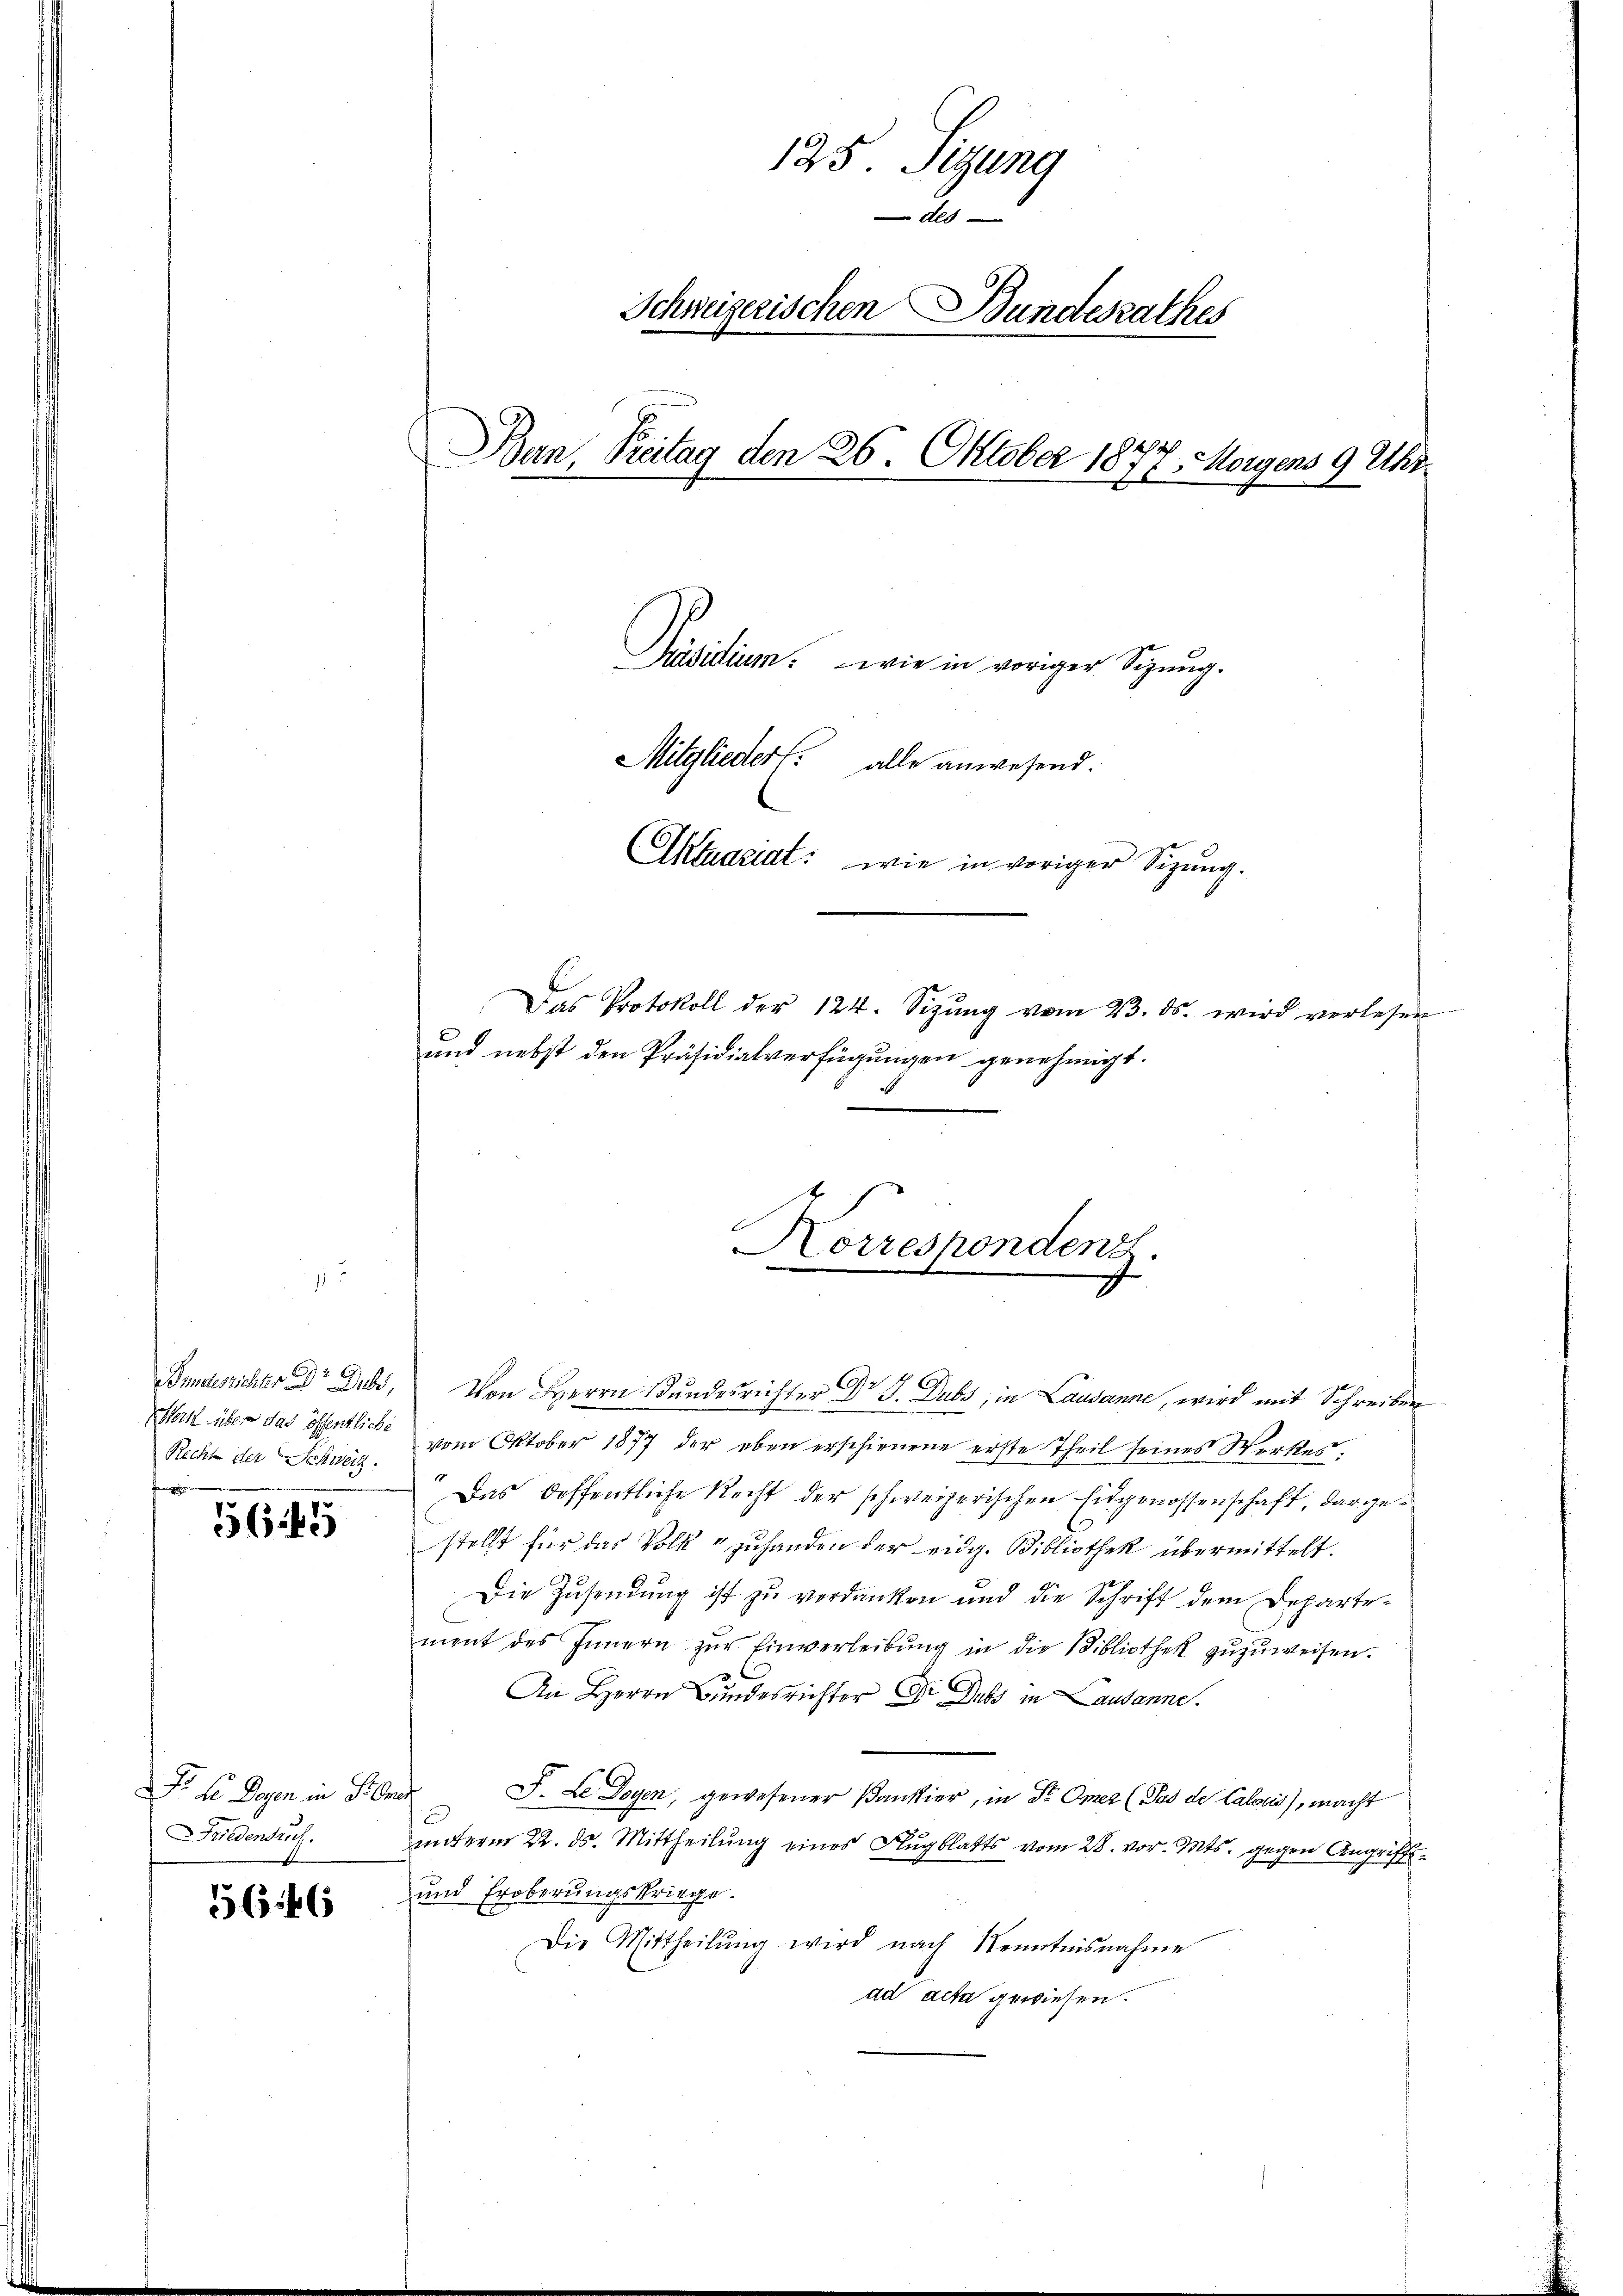
Recht der Schweiz.

5645

Friedensruf.

5646

125 Sizung
Als
Schweizerischen Bundesrathes
Ban, Preitag den 26. Oktober 1877. Morgens 9 Uhr

Präsidium. wie in voriger Sinng.
Mitglieder alle anwesend.
Aktuariat: wie in voriger Sizung.

Das Protokoll der 124. Sizŭng vom 23. ds. wird verlesen
und nebst den Präsidialverfügungen genehmigt.

Korrespondenz.

Bundesrichter Dr Gub. Von Herrn Bundesrichter Dr J. Dubs, in Lausanne, wird mit Schreiben
Hertl über das öffentliche vom Oktober 1877 der eben erschienene erste Theil seines Werkes.
Das deffentliche Recht der schweizerischen Eidgenossenschaft, dargestellt für das Volk " zuhanden der eidg. Bibliothek übermittelt.
Die Zusendung ist zu verdanken und die Schrift dem Departe-
ment des Innern zŭr Einverleibung in die Bibliothek zuzuweisen.
An Herrn Bundesrichter Dr. Dubs in Lausanne.
Dr. Le Degen in Promer J. Le Doyen, gewesener Panstier, in Dr. Omer (Pas de Calais), macht
ŭnterm 22. ds. Mittheilŭng eines Flugblatts vom 28. vor. Mts. gegen Angriffs-
und Eroberungskriege.
Die Mittheilŭng wird nach Kenntnisnahme
ad acta gewiesen.